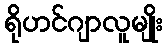
ရိုဟင်ဂျာလူမျိုး